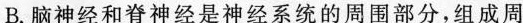
B.脑神经和脊神经是神经系统的周围部分，组成周